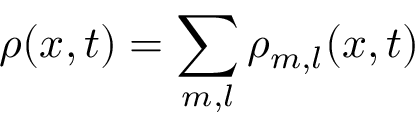
\rho ( x , t ) = \sum _ { m , l } \rho _ { m , l } ( x , t )